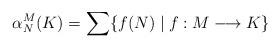
LaTeX: \begin{align*}\alpha^M_N(K)=\sum\{f(N)\mid f:M\longrightarrow K\}\end{align*}